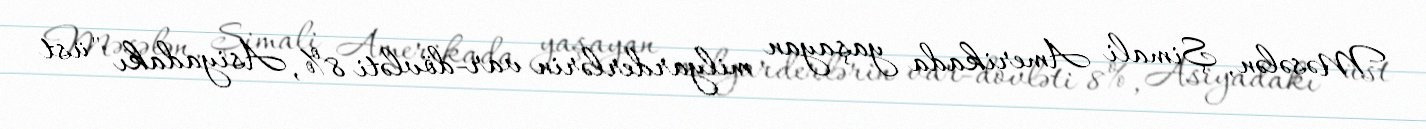
Məsələn, Şimali Amerikada yaşayan milyarderlərin var-dövləti 8%, Asiyadakı "üst